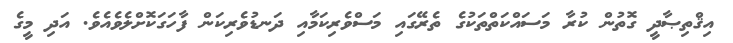
އިޤްތިޞާދީ ގޮތުން ކުރާ މަސައްކަތްތަކުގެ ތެރޭގައި މަސްވެރިކަމާއި ދަނޑުވެރިކަން ފާހަގަކޮށްލެވެއެވެ. އަދި މީގެ